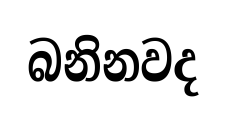
බනිනවද